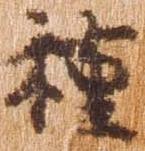
種